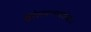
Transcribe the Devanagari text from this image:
सुरेलपणाबरोबरच